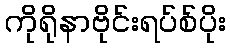
ကိုရိုနာဗိုင်းရပ်စ်ပိုး